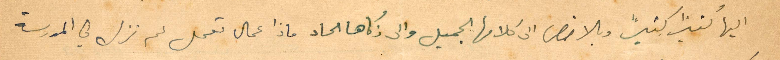
اليها كثيرًا كثيرًا وبالأخص الى كلامها الجميل والى ذكائها الحاد ماذا عمال تعمل لم تزل في المدرسة